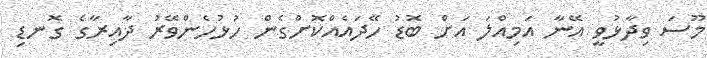
މޫސަ ވިދާޅުވީ އޭނާ އަމިއްލަ އަށް ބޮޑު ހޭދައެއްކޮށްގެން ހުޅުހެންވޭރު ދާއިރާގެ ގޮނޑި